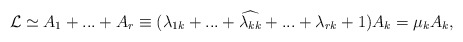
\begin{align*}\mathcal{L}\simeq A_1+ ... +A_r \equiv (\lambda_{1k}+ ...+\widehat{\lambda_{kk}} + ... +\lambda_{rk}+1)A_k=\mu_kA_k, \end{align*}